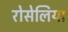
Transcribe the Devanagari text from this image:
रोसेलिया